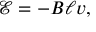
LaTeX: { \mathcal { E } } = - B \ell v ,